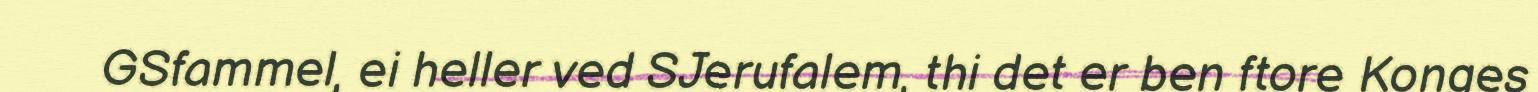
GSfammel, ei heller ved SJerufalem, thi det er ben ftore Konges